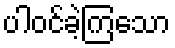
ပါဝင်ခဲ့ကြသော